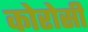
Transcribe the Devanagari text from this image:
कोरोसी